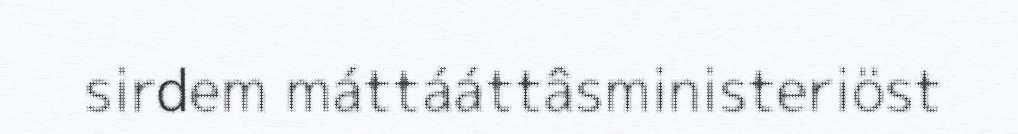
sirdem máttááttâsministeriöst